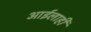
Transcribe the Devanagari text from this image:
आईलाही